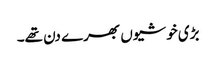
بڑی خوشیوں بھرے دن تھے۔